Vabadussoja_Ajaloo_Komitee, lk 83
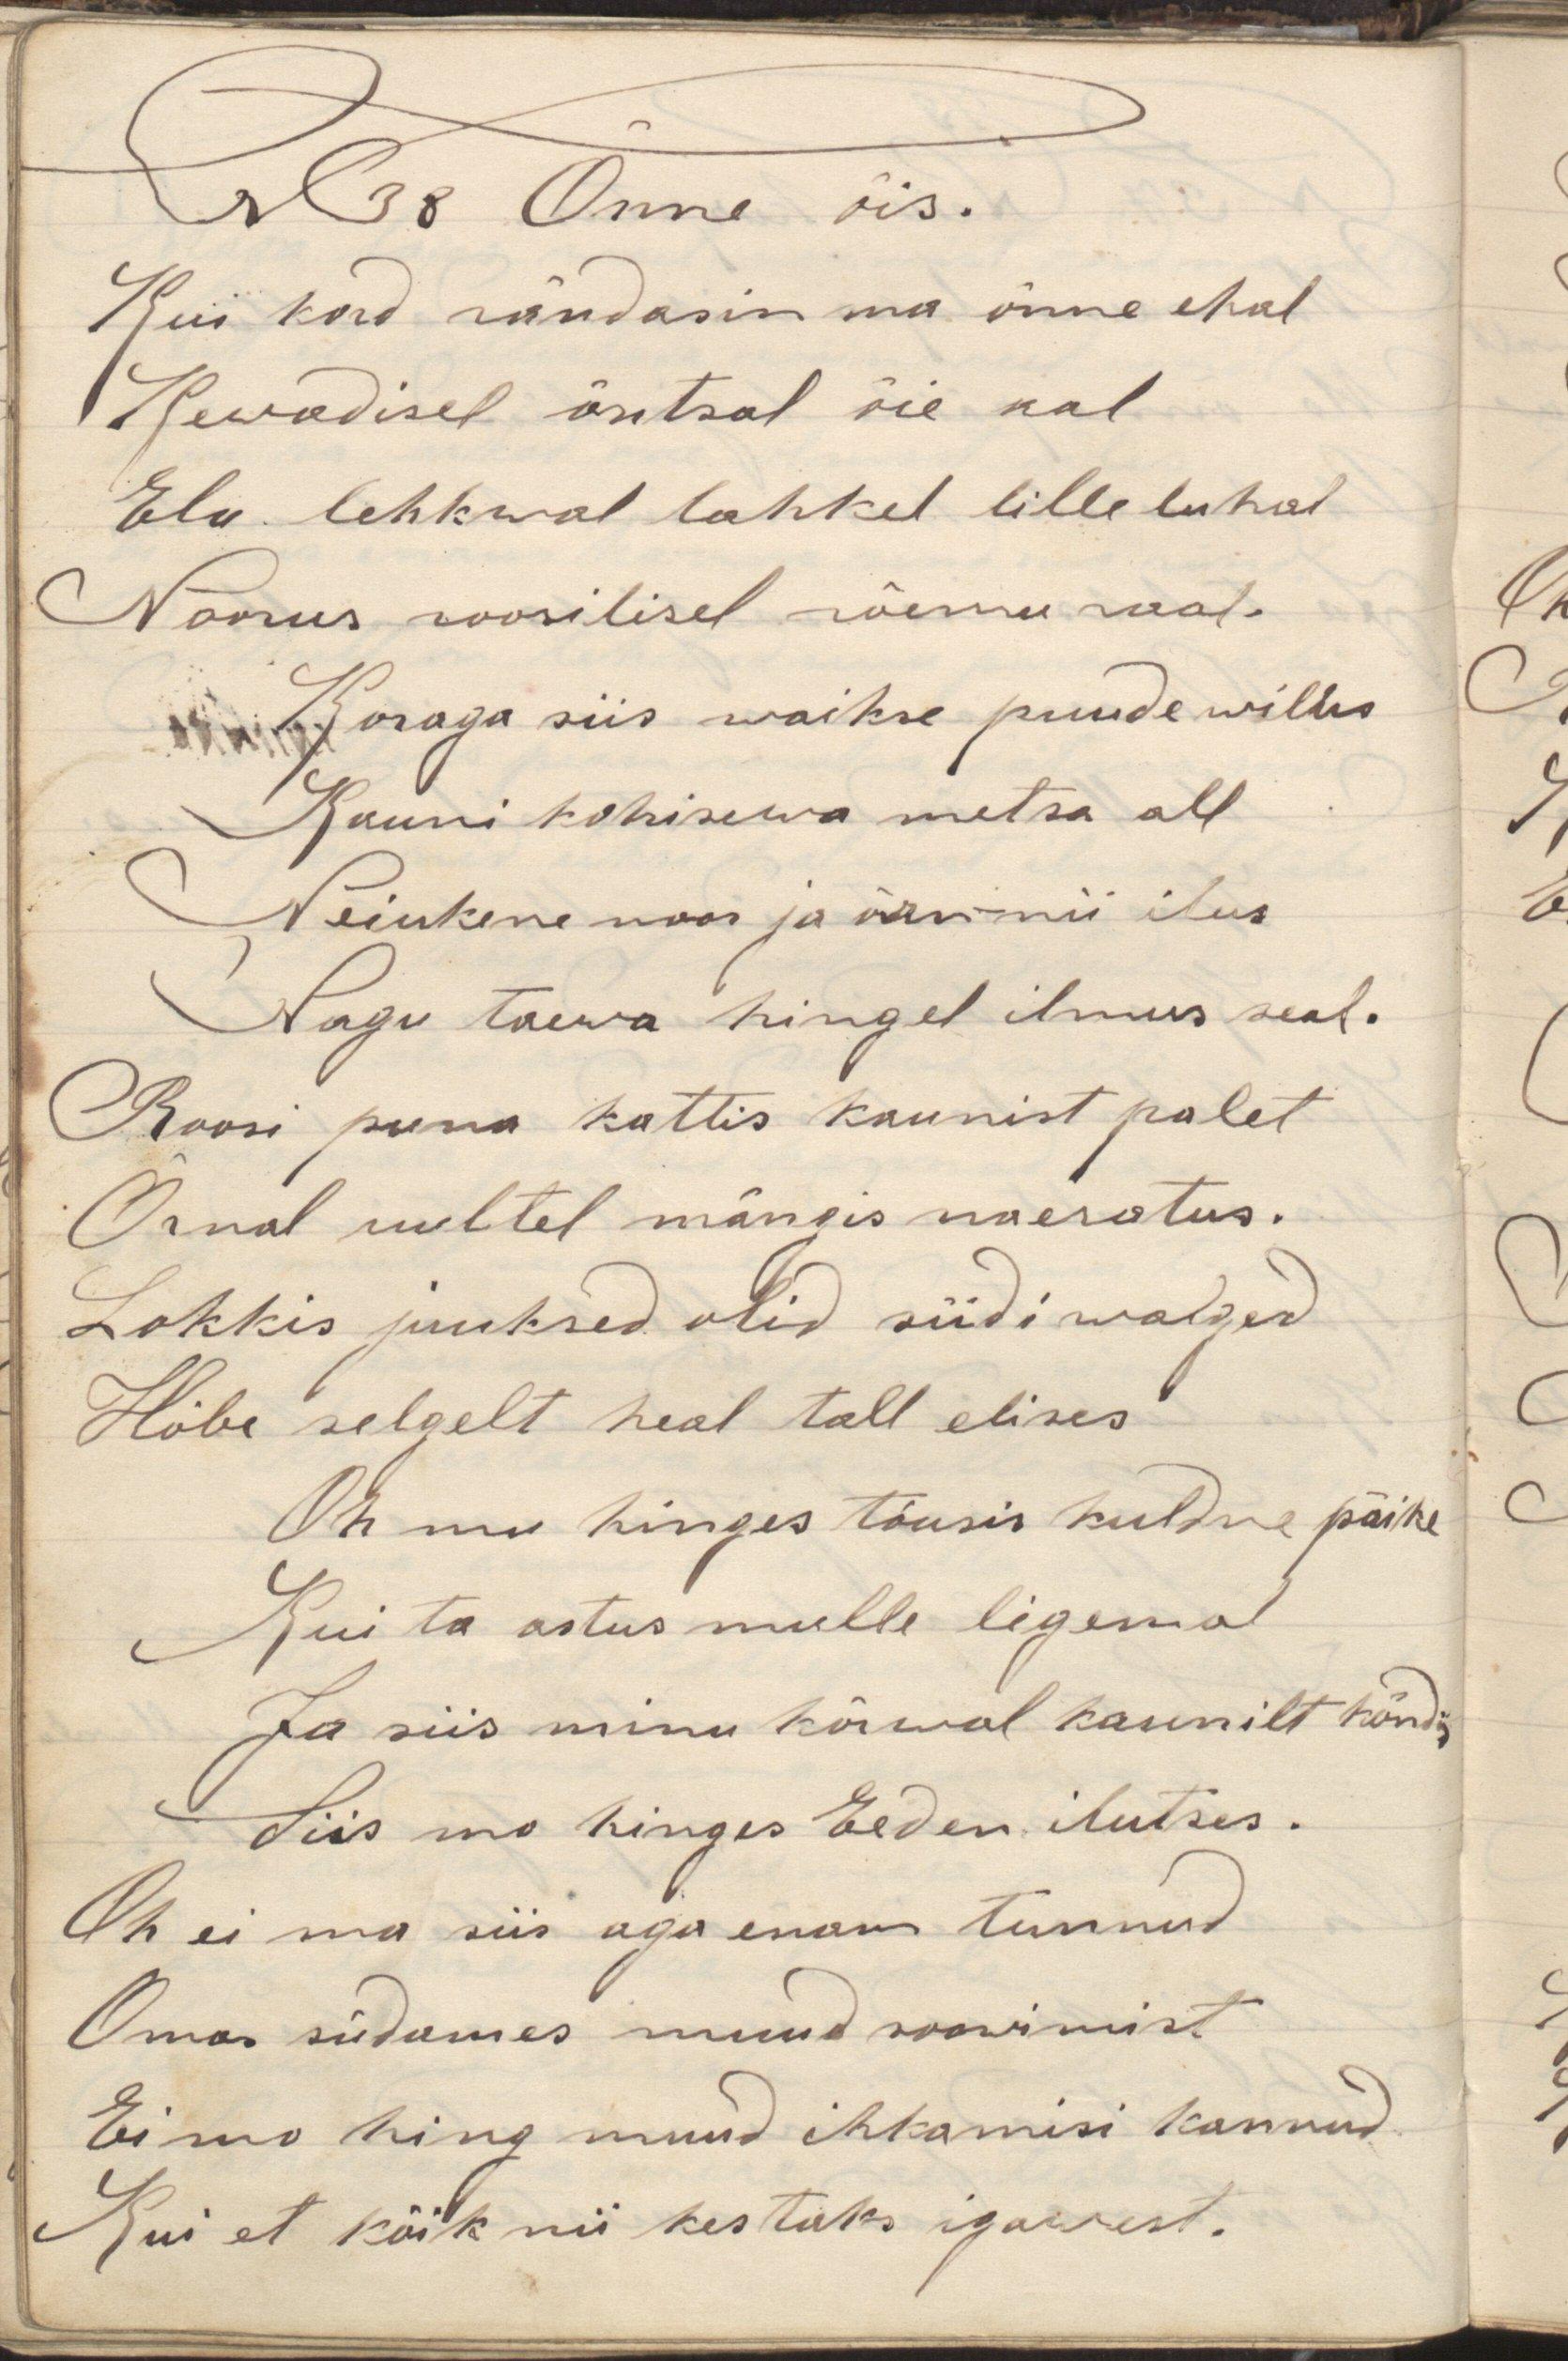
N38 Õnne õis.
Kui kord rändasin ma õnne ehal
Kewadisel õntsal õie aal
Elu lehkwal lahkel lille luhal
Noorus roosilisel rõemu roal.
Koraga siis waikse puude wilus
Kauni kohisewa metsa all
Neiukene noor ja õrn - nii ilus
Nagu taewa hingel ilmus seal.
Roosi puna kattis kaunist palet
Õrnal uultel mängis naeratus.
Lokkis juuksed olid siidi walged
Hõbe selgelt heal tall elises
Oh mu hinges tõusis kuldne päike
Kui ta astus mulle ligemal
Ja siis minu kõrwal kaunilt kõndis
Siis mo hinges Eeden ilutses.
Oh ei ma siis aga enam tunnud
Oma südames muud soowimist
Ei mo hing muud ihkamisi kannud
Kui et kõik nii kestaks igawest.